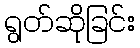
ရွတ်ဆိုခြင်း